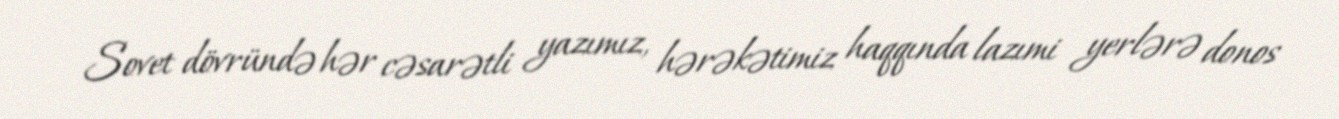
Sovet dövründə hər cəsarətli yazımız, hərəkətimiz haqqında lazımi yerlərə donos